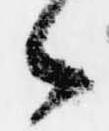
々